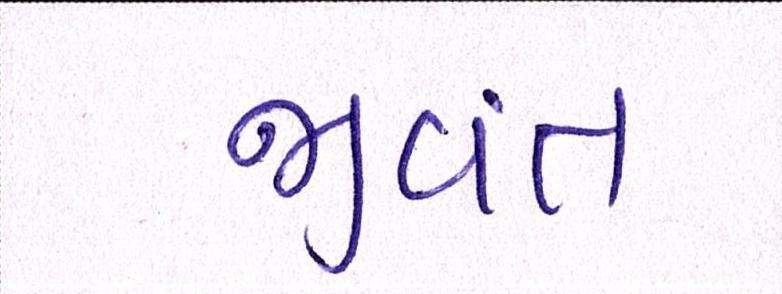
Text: જીવંત